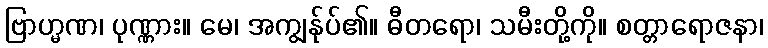
ဗြာဟ္မဏ၊ ပုဏ္ဏား။ မေ၊ အကျွန်ုပ်၏။ ဓီတရော၊ သမီးတို့ကို။ စတ္တာရောဇနာ၊